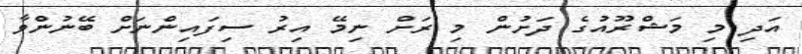
އަދި މި މަޝްރޫއުގެ ދަށުން މި ރަށް ނިމޭ އިރު ސިފައިންނަށް ބޭނުންވާ